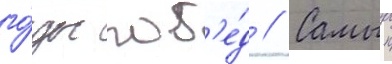
го́ды поб'е́д // Самыи